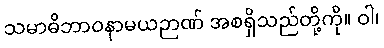
သမာဓိဘာဝနာမယဉာဏ် အစရှိသည်တို့ကို။ ဝါ၊